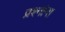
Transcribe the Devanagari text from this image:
प्रश्‍नांना